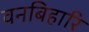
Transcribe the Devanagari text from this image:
वनबिहारि